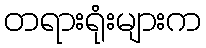
တရားရုံးများက